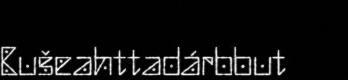
Bušeahttadárbbut